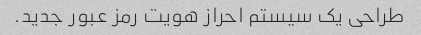
طراحی یک سیستم احراز هویت رمز عبور جدید.